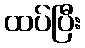
ထပ်ပြီး